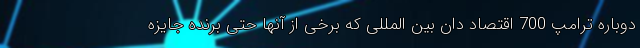
دوباره ترامپ 700 اقتصاد دان بین المللی که برخی از آنها حتی برنده جایزه